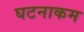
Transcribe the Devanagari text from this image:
घटनाकम